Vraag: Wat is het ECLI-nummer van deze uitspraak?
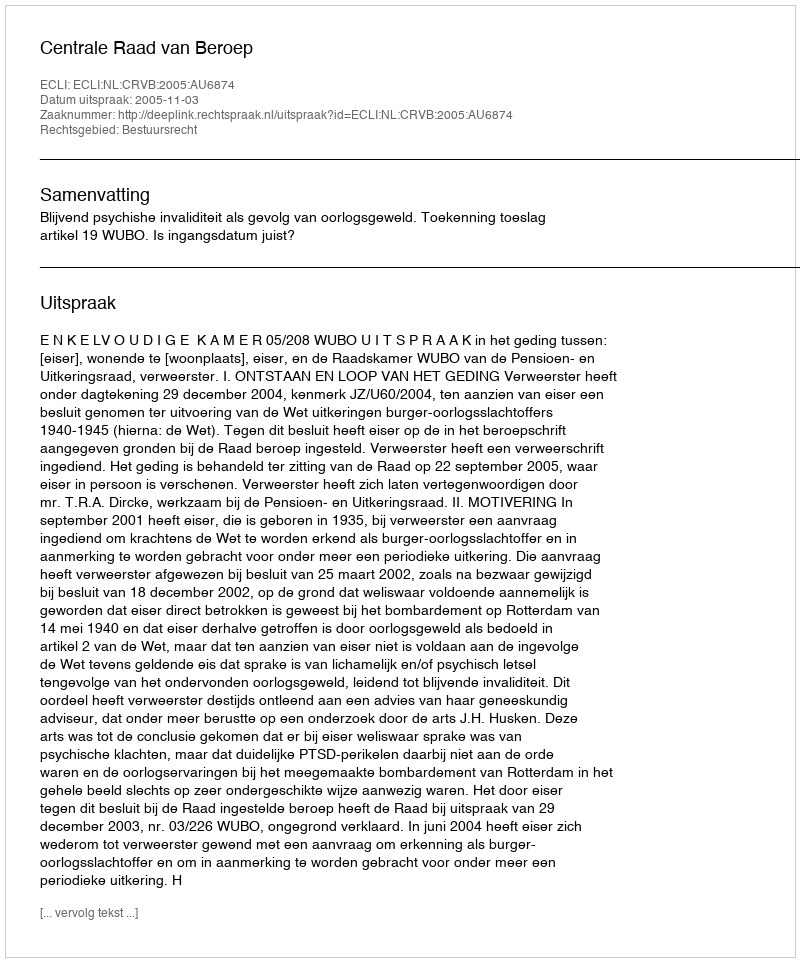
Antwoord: ECLI:NL:CRVB:2005:AU6874